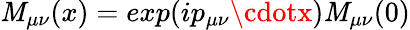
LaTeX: \mathit{M}_{\mu\nu}(x)=exp(ip_{\mu\nu}\cdotx)\mathit{M}_{\mu\nu}(0)